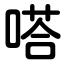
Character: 嗒